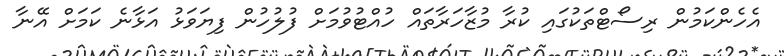
އެހެންކަމުން ރިސޯޓްތަކުގައި ކުރާ މުޒާހަރާތައް ހުއްޓުވުމަށް ފުލުހުން ފިޔަވަޅު އަޅާނެ ކަމަށް އޭނާ